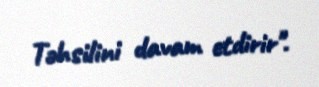
Təhsilini davam etdirir".